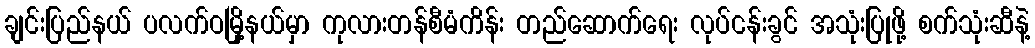
ချင်းပြည်နယ် ပလက်ဝမြို့နယ်မှာ ကုလားတန်စီမံကိန်း တည်ဆောက်ရေး လုပ်ငန်းခွင် အသုံးပြုဖို့ စက်သုံးဆီနဲ့